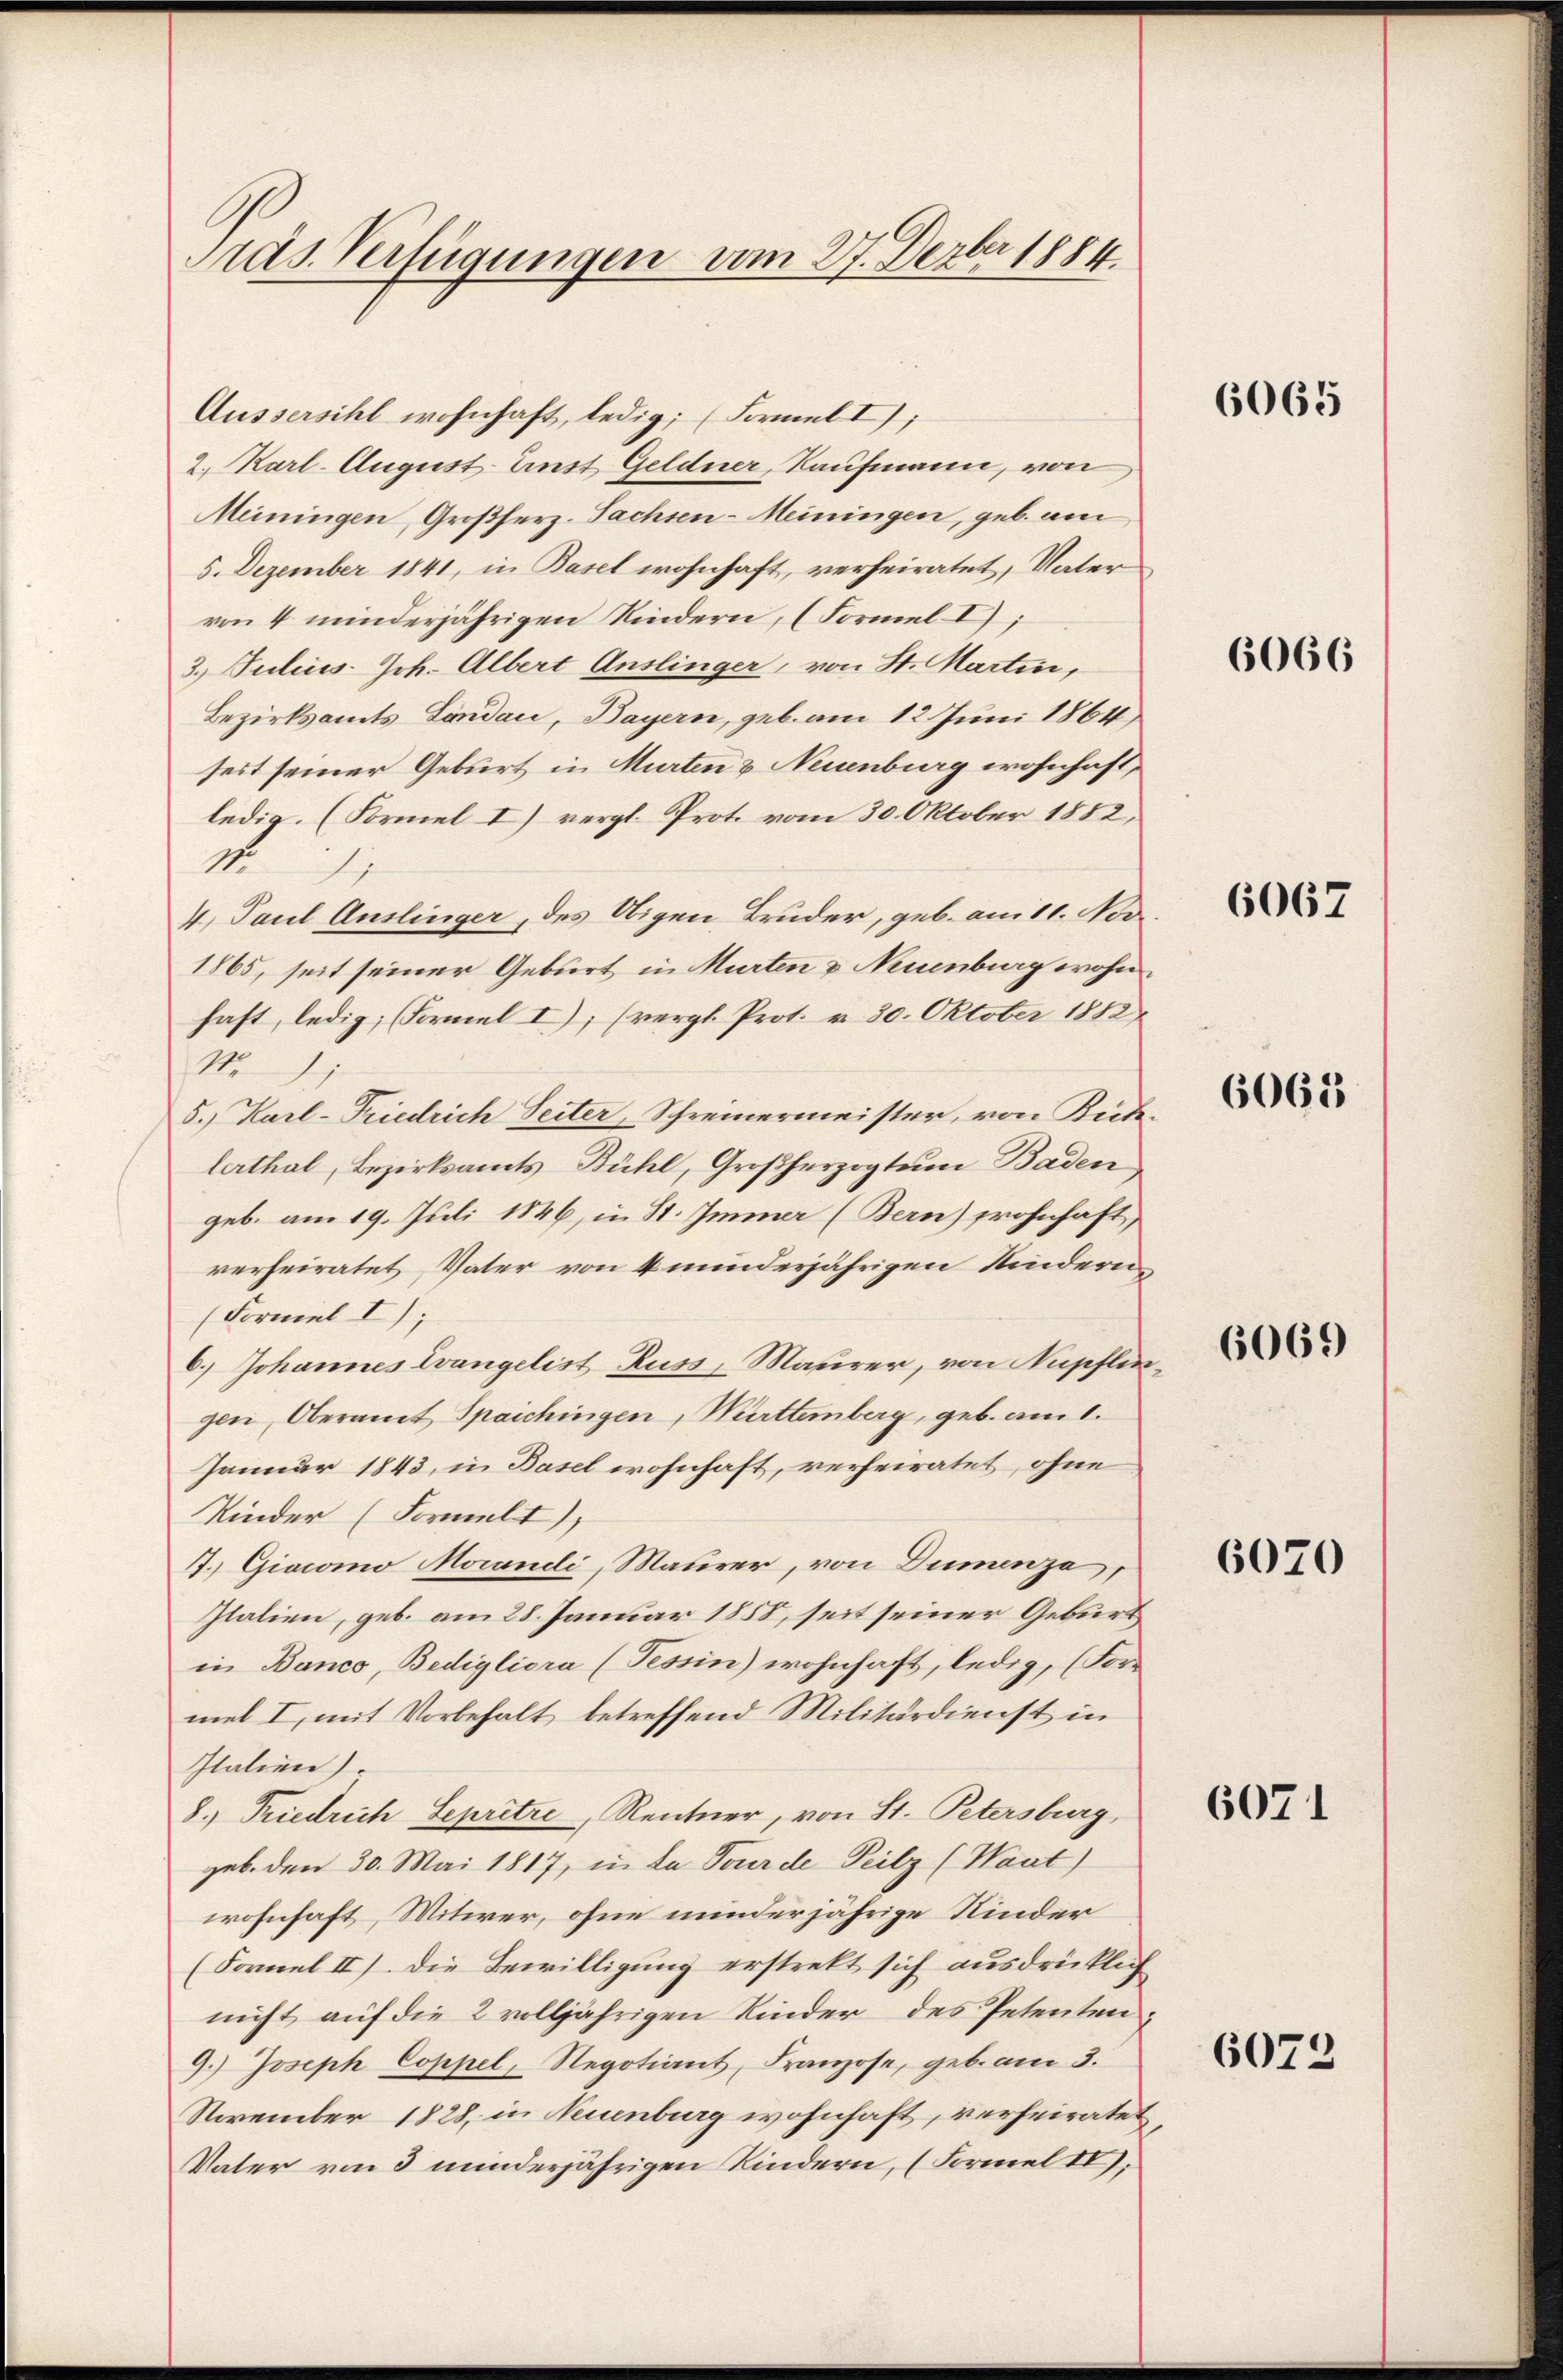
Pras. Verfügungen vom 27. Dezbr 1884

Aussersihl wohnhaft, ledig; (Formel I);
2. Karl-August Einst Geldner, Kaufmann, von
Meiningen, Großherz-Sachsen-Meiningen, geb. am
5. Dezember 1841, in Basel wohnhaft, verheiratet, Vater
von 4 minderjährigen Kindern, (Formel I);
3. Julius. Joh. Albert Anslinger, von St. Martin,
Bezirksamts Landau, Bayern, geb. am 12 Juni 1864
seit seiner Geburt in Murten & Neuenburg wohnhaft,
ledig. (Formel I) vergl. Prot. vom 30. Oktober 1882,
1.
4. Paul Auslinger, des Obigen Bruder, geb. am 11. Nov.
1865, seit seiner Geburt in Murten & Neuenburg wohn
haft, ledig; (Forel I); (vergl. Prot. v. 30. Oktober 1882
N.J.
5.) Karl-Triedrich Seiter, Schreinermeister, von Biede
lerthal, Bezirksamts-Bühl, Großherzogtum Baden
geb. am 19. Juli 1846, in St. Immer (Bern) prohnhaft,
verheiratet, Vater von 4 minderjährigen Kindern
(Formel I);
6.) Johannes Evangelist Russ, Maurer, von Nupfli
gen, Oberamt Spaichingen, Muttemberg, geb. am 1.
Januar 1843, in Basel wohnhaft, verheiratet, ohne
Kinder (Formelt),
7. Giacomo Morandi, Maurer, von Dummenza,
Italien, geb. am 28. Januar 1858, seit seiner Geburt
in Banco, Bedigliora (Tessin) wohnhaft, ledig, (For-
mel I, mit Vorbehalt betreffend Militärdienst in
Italien).
8.) Friedrich Sepritze, Rentner, von St. Petersburg,
geb. den 30. Mai 1817, in da Pourde Peilz (Waut)
wohnhaft, Witwer, ohne minderjährige Kinder
(Formel II). Die Bewilligung erstrekt sich ausdrücklig
nicht auf die 2 volljährigen Kinder des Petenten
9.) Joseph Coppel, Regotiant Franzose, geb. am 3.
Nevember 1828, in Neuenburg wohnhaft, verheirate
Vater von 3 minderjährigen Kindern, (Formel II);

t
t
.
h
t
¬
f

6065

6066

6067

6065

6069

6070

6071

6072